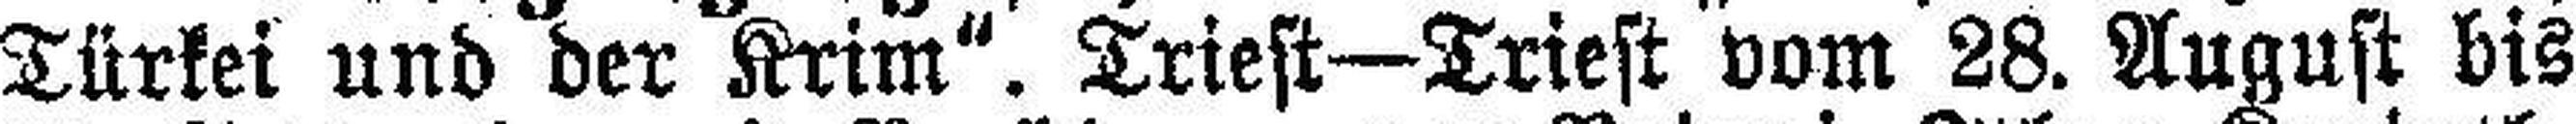
Türkei und der Krim". Triest—Triest vom 28. August bis